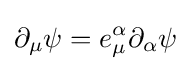
\partial _{\mu }\psi =e_{\mu }^{\alpha }\partial _{\alpha }\psi